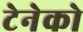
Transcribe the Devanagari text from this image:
टेनेको